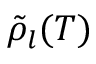
\tilde { \rho } _ { l } ( T )